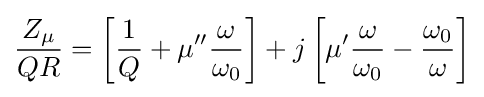
{\frac {Z_{\mu }}{QR}}=\left[{\frac {1}{Q}}+\mu ^{\prime \prime }{\frac {\omega }{\omega _{0}}}\right]+j\left[\mu ^{\prime }{\frac {\omega }{\omega _{0}}}-{\frac {\omega _{0}}{\omega }}\right]